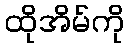
ထိုအိမ်ကို